Madras plague regulations in force outside the Presidency town - Volume 6
Disease focus: Plague
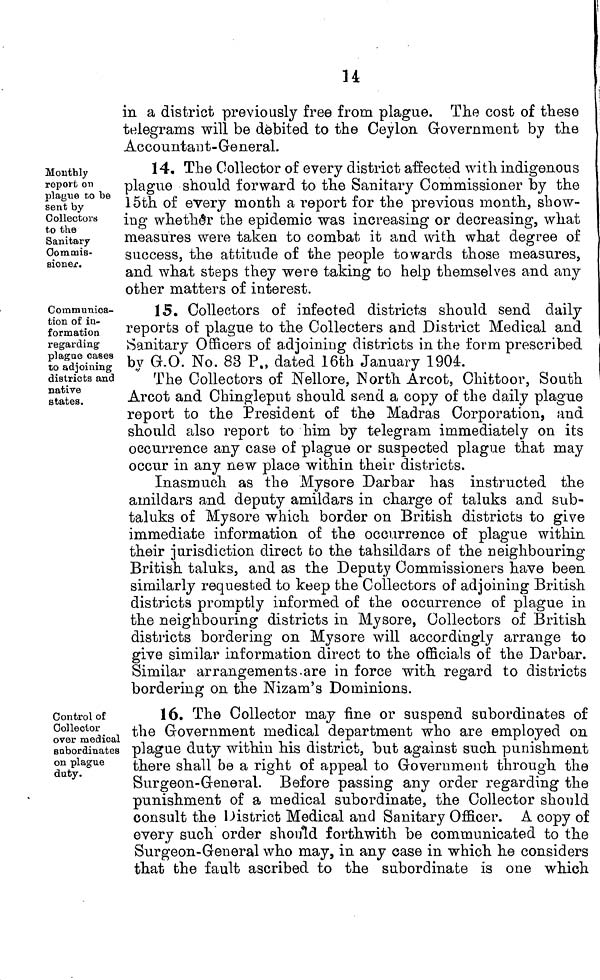
14
in a district previously free from plague. The cost of these
telegrams will be debited to the Ceylon Government by the
Accountant-General.
Monthly
report on
plague to be
sent by
Collectors
to the
Sanitary
Commis-
sioner.
14. The Collector of every district affected with indigenous
plague should forward to the Sanitary Commissioner by the
15th of every month a report for the previous month, show-
ing whether the epidemic was increasing or decreasing, what
measures were taken to combat it and with what degree of
success, the attitude of the people towards those measures,
and what steps they were taking to help themselves and any
other matters of interest.
Communica-
tion of in-
formation
regarding
plague cases
to adjoining
districts and
native
states.
15. Collectors of infected districts should send daily
reports of plague to the Collecters and District Medical and
Sanitary Officers of adjoining districts in the form prescribed
by G.O. No. 83 P., dated 16th January 1904.
The Collectors of Nellore, North Arcot, Ohittoor, South
Arcot and Chingleput should send a copy of the daily plague
report to the President of the Madras Corporation, and
should also report to him by telegram immediately on its
occurrence any case of plague or suspected plague that may
occur in any new place within their districts.
Inasmuch as the Mysore Darbar has instructed the
amildars and deputy amildars in charge of taluks and sub-
taluks of Mysore which border on British districts to give
immediate information of the occurrence of plague within
their jurisdiction direct fco the tahsildars of the neighbouring
British taluks, and as the Deputy Commissioners have been
similarly requested to keep the Collectors of adjoining British
districts promptly informed of the occurrence of plague in
the neighbouring districts in Mysore, Collectors of British
districts bordering on Mysore will accordingly arrange to
give similar information direct to the officials of the Darbar.
Similar arrangements are in force with regard to districts
bordering on the Nizam's Dominions.
Control of
Collector
over medical
subordinates
on plague
duty.
16. The Collector may fine or suspend subordinates of
the Government medical department who are employed on
plague duty within his district, but against such punishment
there shall be a right of appeal to Government through the
Surgeon-General. Before passing any order regarding the
punishment of a medical subordinate, the Collector should
consult the District Medical and Sanitary Officer. A copy of
every such order should forthwith be communicated to the
Surgeon-General who may, in any case in which he considers
that the fault ascribed to the subordinate is one which